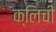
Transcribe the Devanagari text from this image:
क्लिची